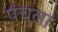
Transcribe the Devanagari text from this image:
पंचला